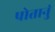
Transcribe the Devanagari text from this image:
पोतानुं